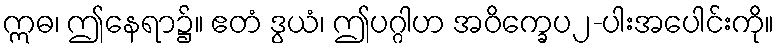
ဣဓ၊ ဤနေရာ၌။ ဧတံ ဒွယံ၊ ဤပဂ္ဂါဟ အဝိက္ခေပ၂-ပါးအပေါင်းကို။